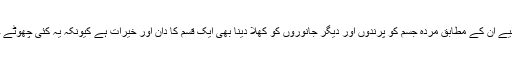
وہ روح کے دوام پر یقین رکھتے ہیں اس لیے ان کے مطابق مردہ جسم کو پرندوں اور دیگر جانوروں کو کھلا دینا بھی ایک قسم کا دان اور خیرات ہے کیونکہ یہ کئی چھوٹے جانوروں کی جان بچانے کے مترادف ہے۔